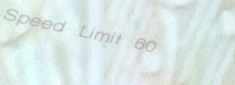
Speed Limit 60